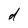
Character: d